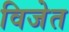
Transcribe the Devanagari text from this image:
विजेत